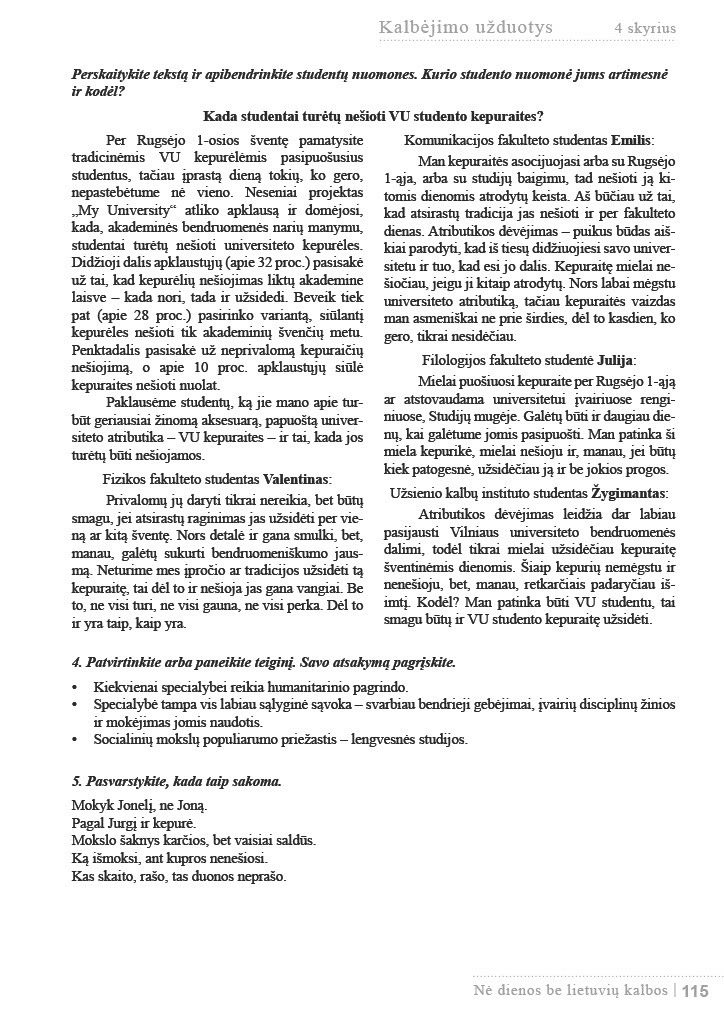
Language: lt